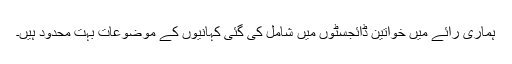
ہماری رائے میں خواتین ڈائجسٹوں میں شامل کی گئی کہانیوں کے موضوعات بہت محدود ہیں۔